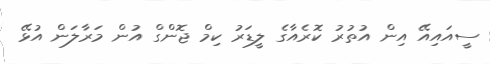
ސީއައިއޭ އިން އުތުރު ކޮރެއާގެ ލީޑަރު ކިމް ޖޮންގް އުން މަރާލަން އުޅޭ